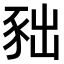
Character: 𧰹